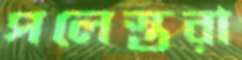
পলেস্তরা